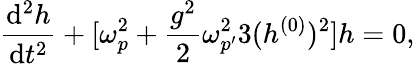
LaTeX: {\frac{\mathrm{d}^{2}h}{\mathrm{d}t^{2}}}+[\omega_{p}^{2}+{\frac{g^{2}}{2}}\omega_{p^{\prime}}^{2}3(h^{(0)})^{2}]h=0,